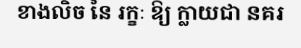
ខាងលិច នៃ រក្ខៈ ឱ្យ ក្លាយជា នគរ